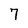
Character: 7